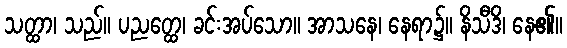
သတ္ထာ၊ သည်။ ပညတ္ထေ၊ ခင်းအပ်သော။ အာသနေ၊ နေရာ၌။ နိသီဒိ၊ နေ၏။